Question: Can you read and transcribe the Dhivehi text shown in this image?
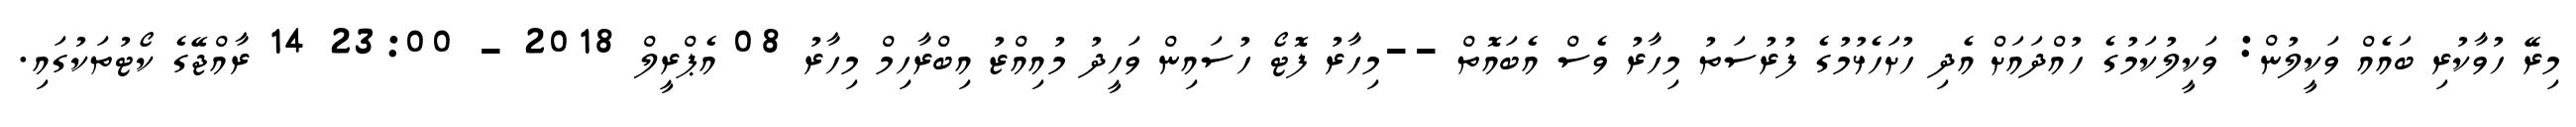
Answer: މިރޭ ހުވާކުރި ބައެއް ވަކީލުން: ވަކީލުކަމުގެ ހުއްދައަށް އެދި ހުށަހެޅުމުގެ ފުރުސަތު މިހާރު ވެސް އެބައޮތް --މިހާރު ފޮޓޯ ހުސައިން ވަހީދު މުއިއްޒު އިބްރާހިމް މިހާރު 08 އެޕްރީލް 2018 - 23:00 14 ރާއްޖޭގެ ކޯޓުތަކުގައި.